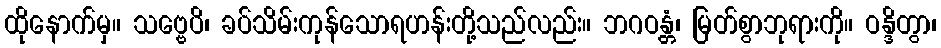
ထိုနောက်မှ။ သဗ္ဗေပိ၊ ခပ်သိမ်းကုန်သောရဟန်းတို့သည်လည်း။ ဘဂဝန္တံ၊ မြတ်စွာဘုရားကို။ ဝန္ဒိတွာ၊